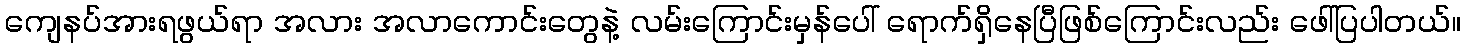
ကျေနပ်အားရဖွယ်ရာ အလား အလာကောင်းတွေနဲ့ လမ်းကြောင်းမှန်ပေါ် ရောက်ရှိနေပြီဖြစ်ကြောင်းလည်း ဖေါ်ပြပါတယ်။